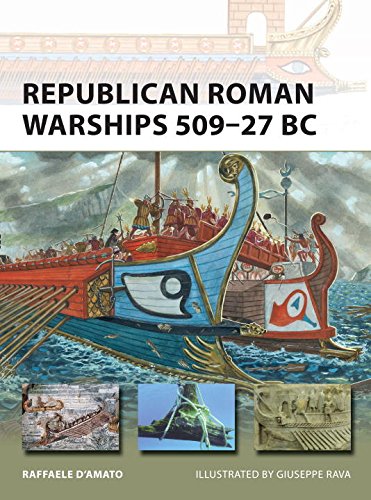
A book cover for Republican Roman Warships 509-27 BC (New Vanguard); Raffaele D'Amato; History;